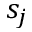
s _ { j }